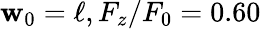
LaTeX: \mathbf{w}_{0}=\ell,F_{z}/F_{0}=0.60